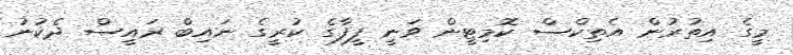
މީގެ އިތުރުން އެތިކްސް ކޮމިޓީން ވަނީ ފީފާގެ ކުރީގެ ނައިބް ރައީސް ދެކުނު